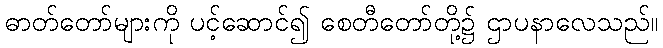
ဓာတ်တော်များကို ပင့်ဆောင်၍ စေတီတော်တို့၌ ဌာပနာလေသည်။